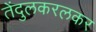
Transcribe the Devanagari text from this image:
तेंदुलकरलकर